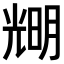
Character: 𠒫